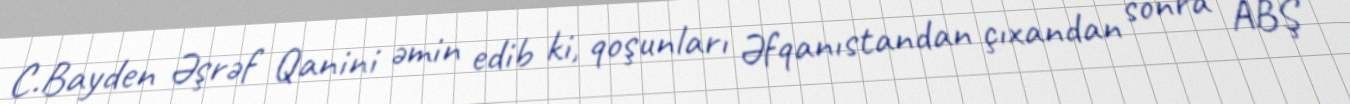
C.Bayden Əşrəf Qanini əmin edib ki, qoşunları Əfqanıstandan çıxandan sonra ABŞ